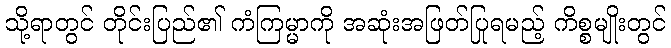
သို့ရာတွင် တိုင်းပြည်၏ ကံကြမ္မာကို အဆုံးအဖြတ်ပြုရမည့် ကိစ္စမျိုးတွင်